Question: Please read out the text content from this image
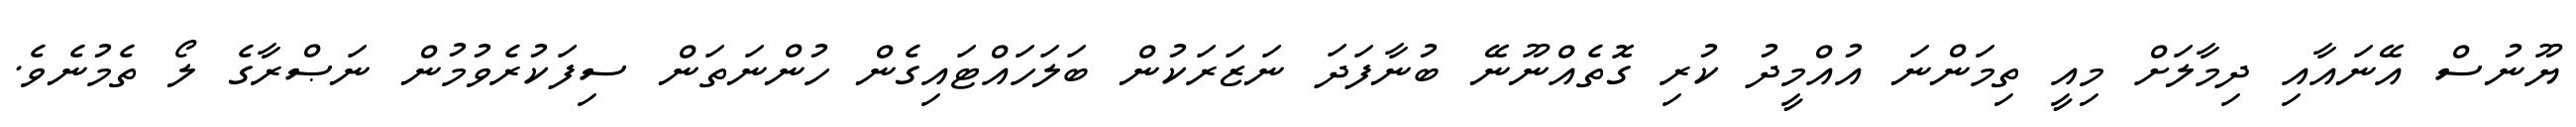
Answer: ޔޫނުސް އޭނައާއި ދިމާލަށް މިއީ ތިމަންނަ އުއްމީދު ކުރި ގޮތެއްނޫނޭ ބުނާފަދަ ނަޒަރަކުން ބަލަހައްޓައިގެން ހުންނަތަން ސިފަކުރެވުމުން ނަޞްރާގެ ލޯ ތެމުނެވެ.